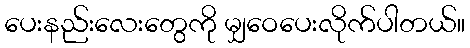
ပေးနည်းလေးတွေကို မျှဝေပေးလိုက်ပါတယ်။